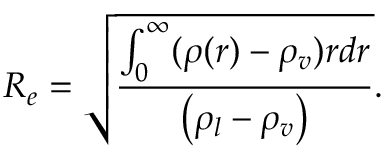
R _ { e } = \sqrt { \frac { \int _ { 0 } ^ { \infty } ( \rho ( r ) - \rho _ { v } ) r d r } { \left( \rho _ { l } - \rho _ { v } \right) } } .